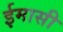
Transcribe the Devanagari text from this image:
ईमासी